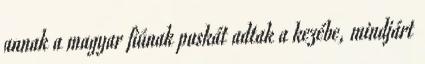
annak a magyar fiúnak puskát adtak a kezébe, mindjárt